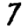
Digit: 7